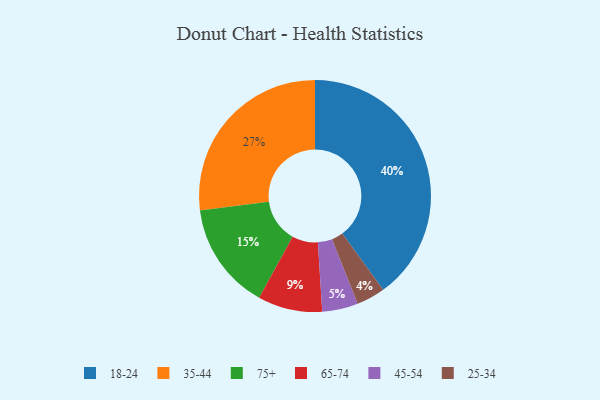
{"axis": {"x": "Category", "y": "Percentage"}, "legend": ["18-24", "25-34", "35-44", "45-54", "65-74", "75+"], "data": [{"x": "65-74", "y": 9, "type": "65-74"}, {"x": "75+", "y": 15, "type": "75+"}, {"x": "45-54", "y": 5, "type": "45-54"}, {"x": "35-44", "y": 27, "type": "35-44"}, {"x": "18-24", "y": 40, "type": "18-24"}, {"x": "25-34", "y": 4, "type": "25-34"}]}